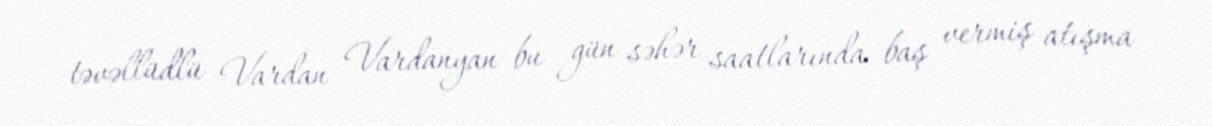
təvəllüdlü Vardan Vardanyan bu gün səhər saatlarında baş vermiş atışma